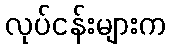
လုပ်ငန်းများက